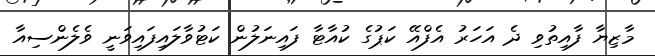
މާޒިޔާ ފާއިތުވި ދެ އަހަރު އެފްއޭ ކަޕުގެ ކުއާޓާ ފައިނަލުން ކަޓުވާލައިފައިވަނީ ވެލެންސިއާ